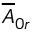
\overline { { A } } _ { 0 r }